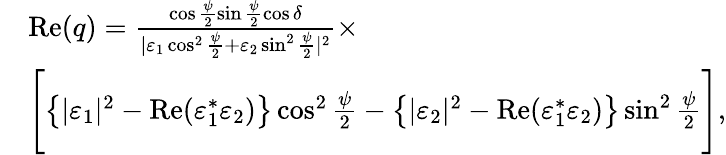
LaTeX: \begin{array}{rl}&{\mathrm{Re}(q)=\frac{\cos\frac{\psi}{2}\sin\frac{\psi}{2}\cos\delta}{|\varepsilon_{1}\cos^{2}\frac{\psi}{2}+\varepsilon_{2}\sin^{2}\frac{\psi}{2}|^{2}}\times}\\ &{\Biggl[\left\{ |\varepsilon_{1}|^{2}-\mathrm{Re}(\varepsilon_{1}^{*}\varepsilon_{2})\right\} \cos^{2}\frac{\psi}{2}-\left\{ |\varepsilon_{2}|^{2}-\mathrm{Re}(\varepsilon_{1}^{*}\varepsilon_{2})\right\} \sin^{2}\frac{\psi}{2}\Biggr],}\end{array}